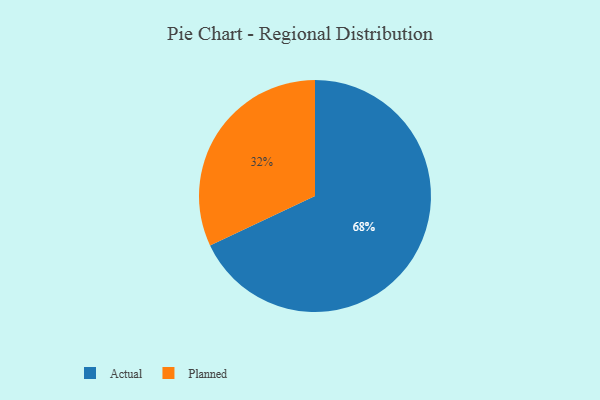
{"axis": {"x": "Category", "y": "Percentage"}, "legend": ["Actual", "Planned"], "data": [{"x": "Planned", "y": 32, "type": "Planned"}, {"x": "Actual", "y": 68, "type": "Actual"}]}